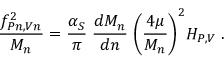
\frac { f _ { P n , V n } ^ { 2 } } { M _ { n } } = \frac { \alpha _ { S } } { \pi } \; \frac { d M _ { n } } { d n } \; \biggl ( \frac { 4 \mu } { M _ { n } } \biggr ) ^ { 2 } H _ { P , V } \; .